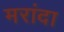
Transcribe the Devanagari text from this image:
मरांदा